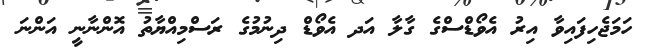
ހަމަޖެހިފައިވާ އިރު އެވޯޑްސްގެ ގާލާ އަދ އެވޯޑް ދިނުމުގެ ރަސްމިއްޔާތު އޮންނާނީ އަންނަ